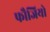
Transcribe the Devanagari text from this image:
फौजियो